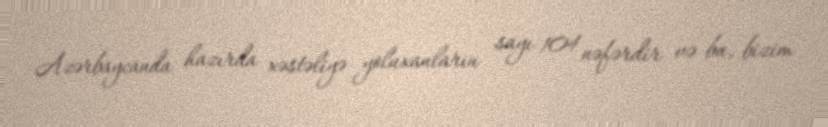
Azərbaycanda hazırda xəstəliyə yoluxanların sayı 104 nəfərdir və bu, bizim